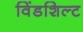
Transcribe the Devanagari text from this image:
विंडशिल्ट